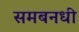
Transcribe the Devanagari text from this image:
समबनधी